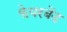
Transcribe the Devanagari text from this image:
फेयरबेंड